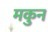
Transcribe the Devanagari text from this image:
मकुन